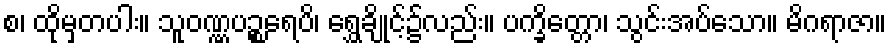
စ၊ ထိုမှတပါး။ သူဝဏ္ဏပဉ္စရေပိ၊ ရွှေချိုင့်၌လည်း။ ပက္ခိတ္တော၊ သွင်းအပ်သော။ မိဂရာဇာ။